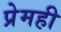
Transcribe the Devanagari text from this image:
प्रेमही